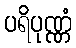
ပရိပုဏ္ဏံ